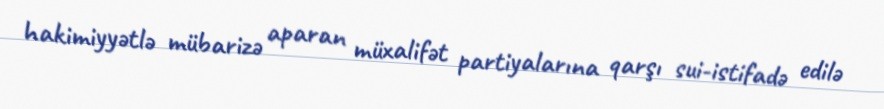
hakimiyyətlə mübarizə aparan müxalifət partiyalarına qarşı sui-istifadə edilə